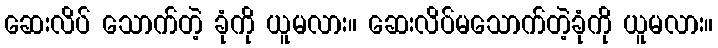
ဆေးလိပ် သောက်တဲ့ ခုံကို ယူမလား။ ဆေးလိပ်မသောက်တဲ့ခုံကို ယူမလား။